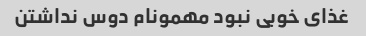
غذای خوبی نبود مهمونام دوس نداشتن